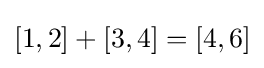
[1,2]+[3,4]=[4,6]